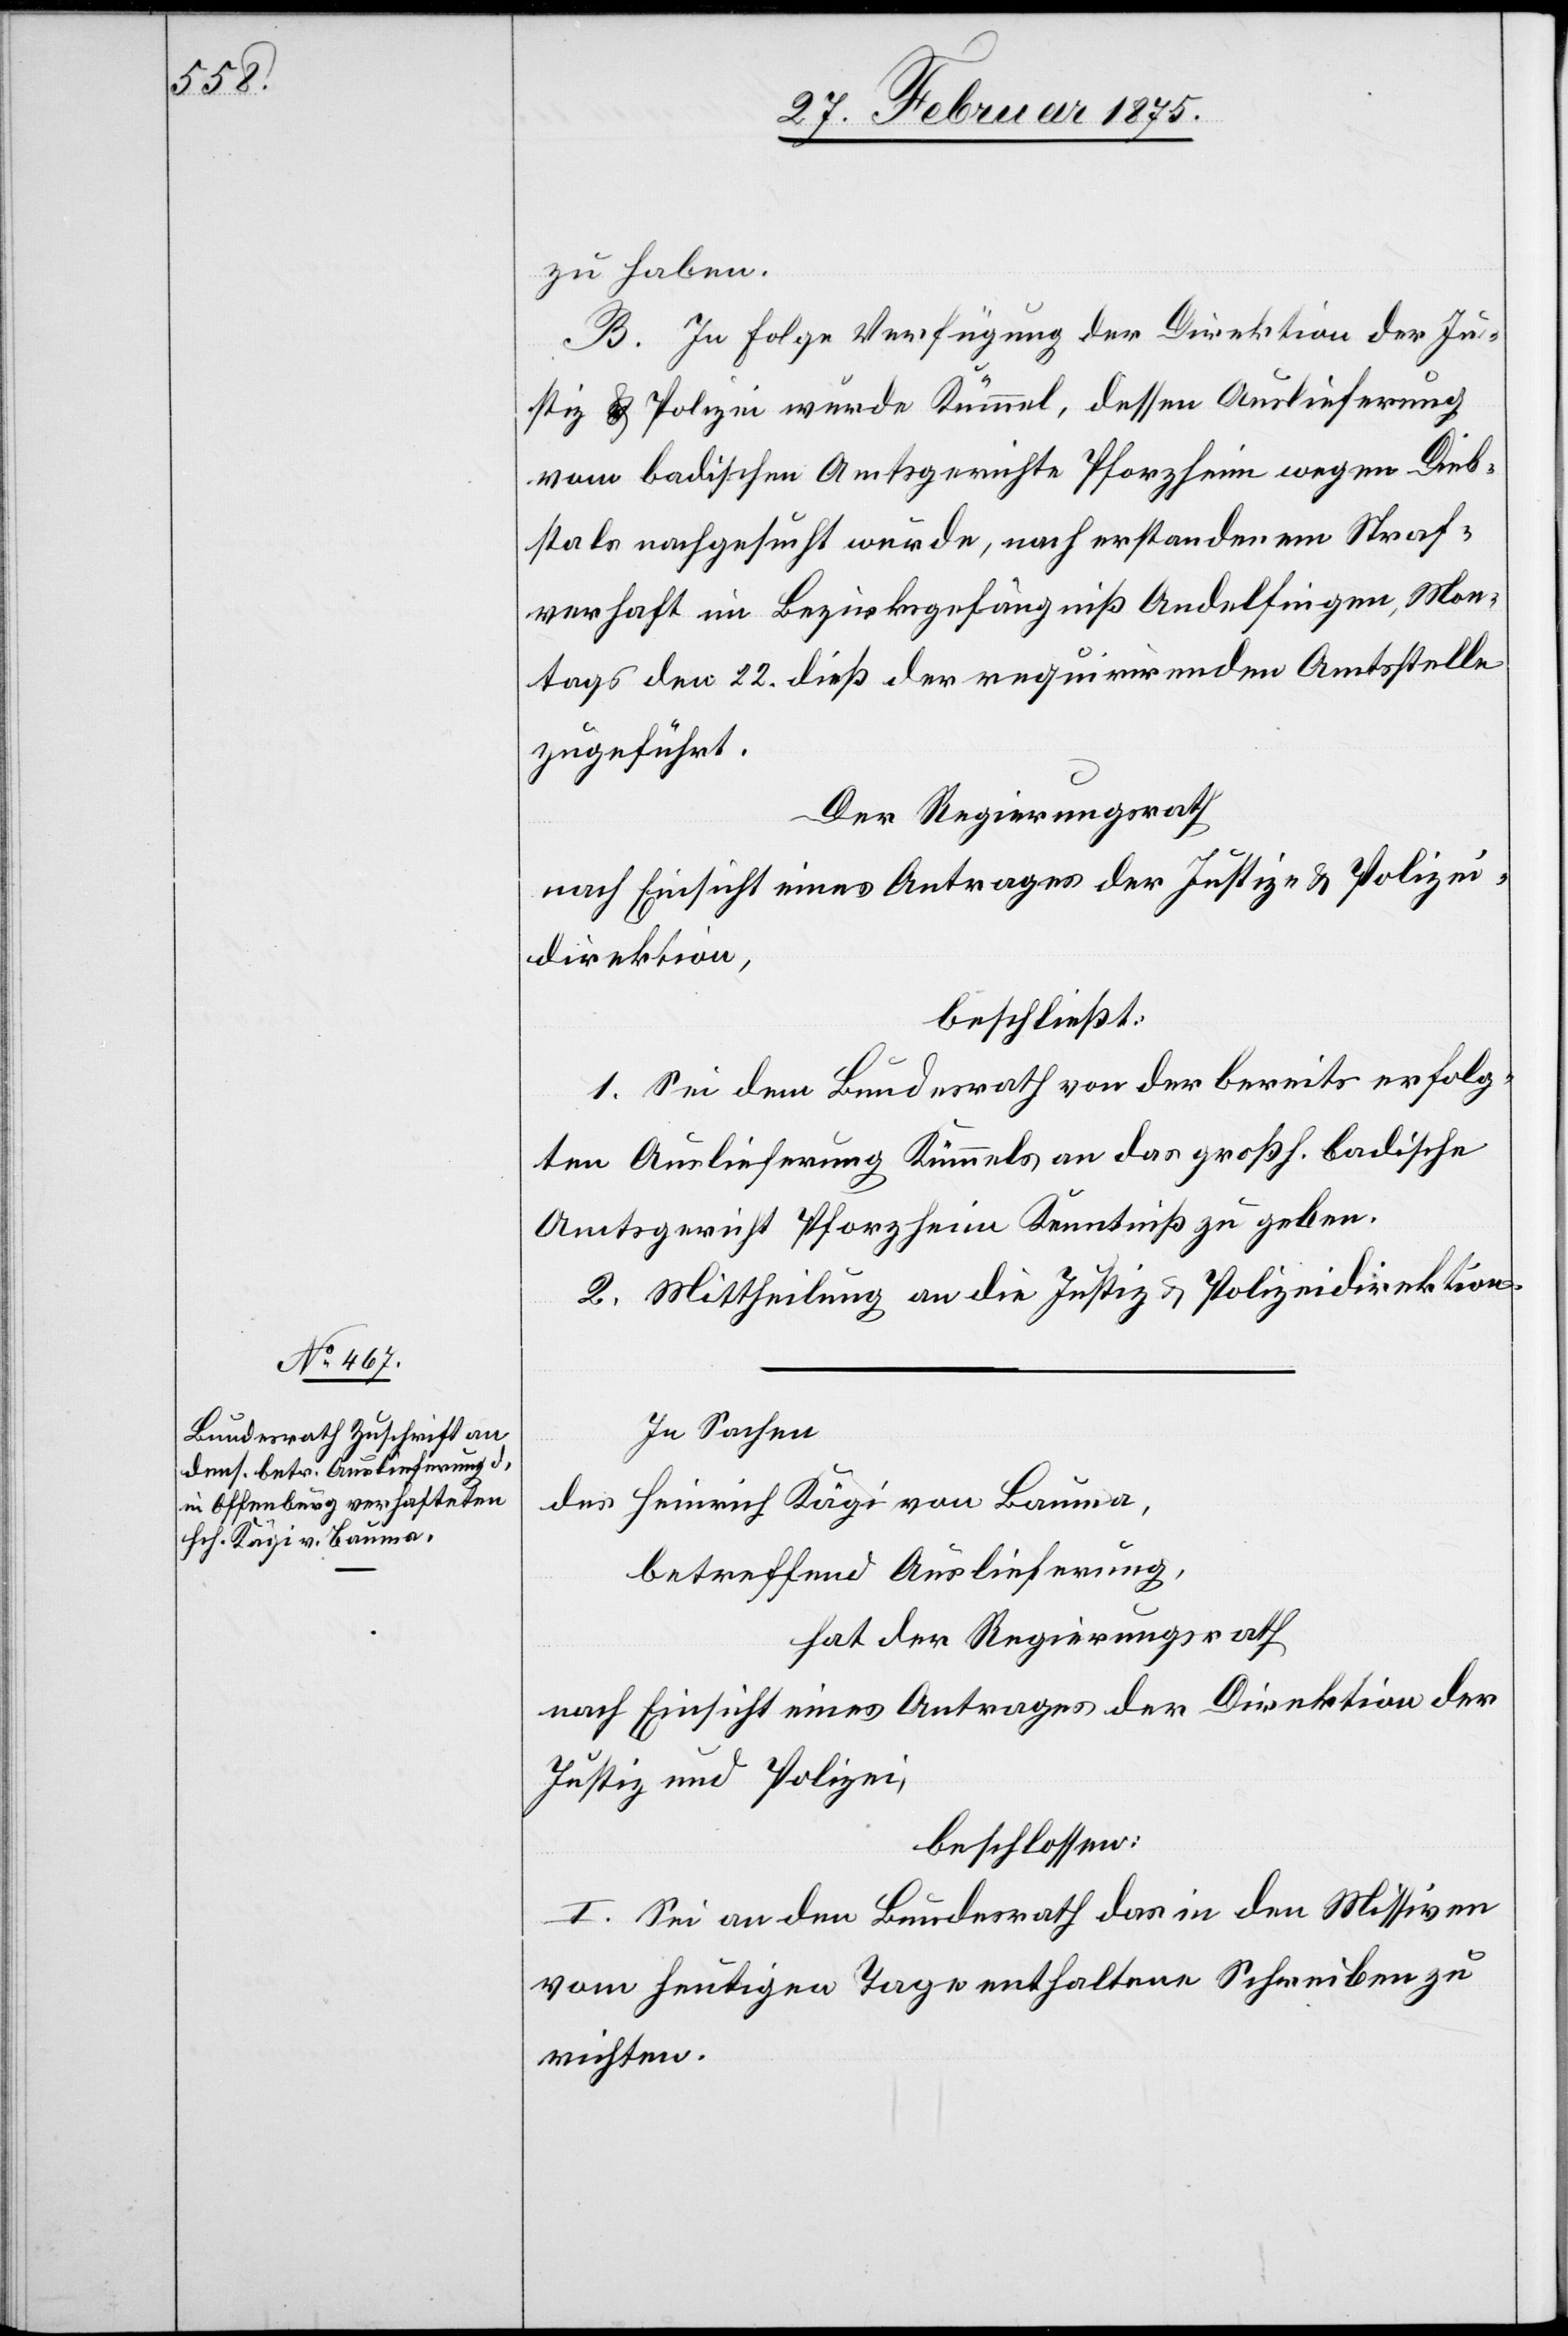
zu haben.
B. In Folge Verfügung der Direktion der Ju¬
stiz u. Polizei wurde Kümmel, dessen Auslieferung
vom badischen Amtsgerichte Pforzheim wegen Dieb¬
stals nachgesucht wurde, nach erstandenem Straf¬
verhaft im Bezirksgefängniß Andelfingen, Mon¬
tags den 22. dieß der requirirenden Amtsstelle
zugeführt.
Der Regierungsrath
nach Einsicht eines Antrages der Justiz- u. Polizei¬
direktion,
beschließt:
1. Sei dem Bundesrath von der bereits erfolg¬
en Auslieferung Kümmels an das großh. badische
Amtsgericht Pforzheim Kenntniß zu geben.
2. Mittheilung an die Justiz u. Polizeidirektion.
In Sachen
des Heinrich Kägi von Bauma,
betreffend Auslieferung,
hat der Regierungsrath
nach Einsicht eines Antrages der Direktion der
Justiz und Polizei,
beschlossen:
I. Sei an den Bundesrath das in den Missiven
vom heutigen Tage enthaltene Schreiben zu
richten.